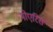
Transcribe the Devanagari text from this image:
मोएरिस